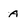
Character: A